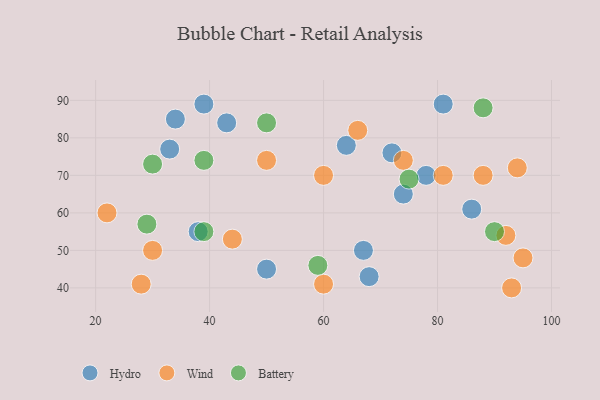
{"axis": {"x": "GDP", "y": "Life Expectancy"}, "legend": ["Battery", "Hydro", "Wind"], "data": [{"x": "78", "y": 70, "type": "Hydro"}, {"x": "68", "y": 43, "type": "Hydro"}, {"x": "74", "y": 65, "type": "Hydro"}, {"x": "43", "y": 84, "type": "Hydro"}, {"x": "81", "y": 89, "type": "Hydro"}, {"x": "38", "y": 55, "type": "Hydro"}, {"x": "72", "y": 76, "type": "Hydro"}, {"x": "64", "y": 78, "type": "Hydro"}, {"x": "34", "y": 85, "type": "Hydro"}, {"x": "39", "y": 89, "type": "Hydro"}, {"x": "86", "y": 61, "type": "Hydro"}, {"x": "33", "y": 77, "type": "Hydro"}, {"x": "67", "y": 50, "type": "Hydro"}, {"x": "50", "y": 45, "type": "Hydro"}, {"x": "93", "y": 40, "type": "Wind"}, {"x": "95", "y": 48, "type": "Wind"}, {"x": "81", "y": 70, "type": "Wind"}, {"x": "28", "y": 41, "type": "Wind"}, {"x": "60", "y": 70, "type": "Wind"}, {"x": "60", "y": 41, "type": "Wind"}, {"x": "30", "y": 50, "type": "Wind"}, {"x": "92", "y": 54, "type": "Wind"}, {"x": "88", "y": 70, "type": "Wind"}, {"x": "74", "y": 74, "type": "Wind"}, {"x": "50", "y": 74, "type": "Wind"}, {"x": "44", "y": 53, "type": "Wind"}, {"x": "94", "y": 72, "type": "Wind"}, {"x": "22", "y": 60, "type": "Wind"}, {"x": "66", "y": 82, "type": "Wind"}, {"x": "75", "y": 69, "type": "Battery"}, {"x": "88", "y": 88, "type": "Battery"}, {"x": "50", "y": 84, "type": "Battery"}, {"x": "30", "y": 73, "type": "Battery"}, {"x": "29", "y": 57, "type": "Battery"}, {"x": "90", "y": 55, "type": "Battery"}, {"x": "39", "y": 74, "type": "Battery"}, {"x": "39", "y": 55, "type": "Battery"}, {"x": "59", "y": 46, "type": "Battery"}]}